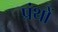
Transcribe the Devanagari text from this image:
प्रंथों